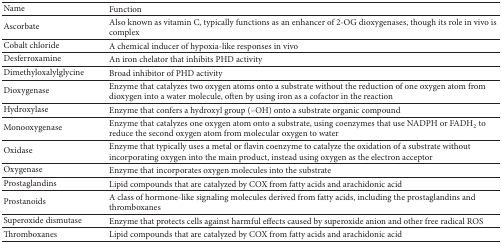
| Name | Function |
 | --- | --- |
 | Ascorbate | Also known as vitamin C, typically functions as an enhancer of 2-OG dioxygenases, though its role in vivo is complex |
 | Cobalt chloride | A chemical inducer of hypoxia-like responses in vivo |
 | Desferroxamine | An iron chelator that inhibits PHD activity |
 | Dimethyloxalylglycine | Broad inhibitor of PHD activity |
 | Dioxygenase | Enzyme that catalyzes two oxygen atoms onto a substrate without the reduction of one oxygen atom from dioxygen into a water molecule, often by using iron as a cofactor in the reaction |
 | Hydroxylase | Enzyme that confers a hydroxyl group (–OH) onto a substrate organic compound |
 | Monooxygenase | Enzyme that catalyzes one oxygen atom onto a substrate, using coenzymes that use NADPH or FADH2 to reduce the second oxygen atom from molecular oxygen to water |
 | Oxidase | Enzyme that typically uses a metal or flavin coenzyme to catalyze the oxidation of a substrate without incorporating oxygen into the main product, instead using oxygen as the electron acceptor |
 | Oxygenase | Enzyme that incorporates oxygen molecules into the substrate |
 | Prostaglandins | Lipid compounds that are catalyzed by COX from fatty acids and arachidonic acid |
 | Prostanoids | A class of hormone-like signaling molecules derived from fatty acids, including the prostaglandins and thromboxanes |
 | Superoxide dismutase | Enzyme that protects cells against harmful effects caused by superoxide anion and other free radical ROS |
 | Thromboxanes | Lipid compounds that are catalyzed by COX from fatty acids and arachidonic acid |